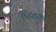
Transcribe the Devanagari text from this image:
१६००१९